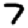
Digit: 7